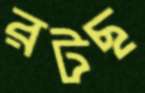
রটছ